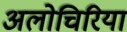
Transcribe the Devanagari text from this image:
अलोचिरिया